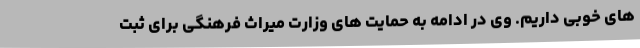
های خوبی داریم. وی در ادامه به حمایت های وزارت میراث فرهنگی برای ثبت